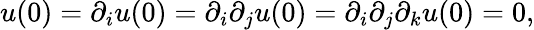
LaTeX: u(0)=\partial_{i}u(0)=\partial_{i}\partial_{j}u(0)=\partial_{i}\partial_{j}\partial_{k}u(0)=0,